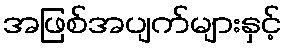
အဖြစ်အပျက်များနှင့်